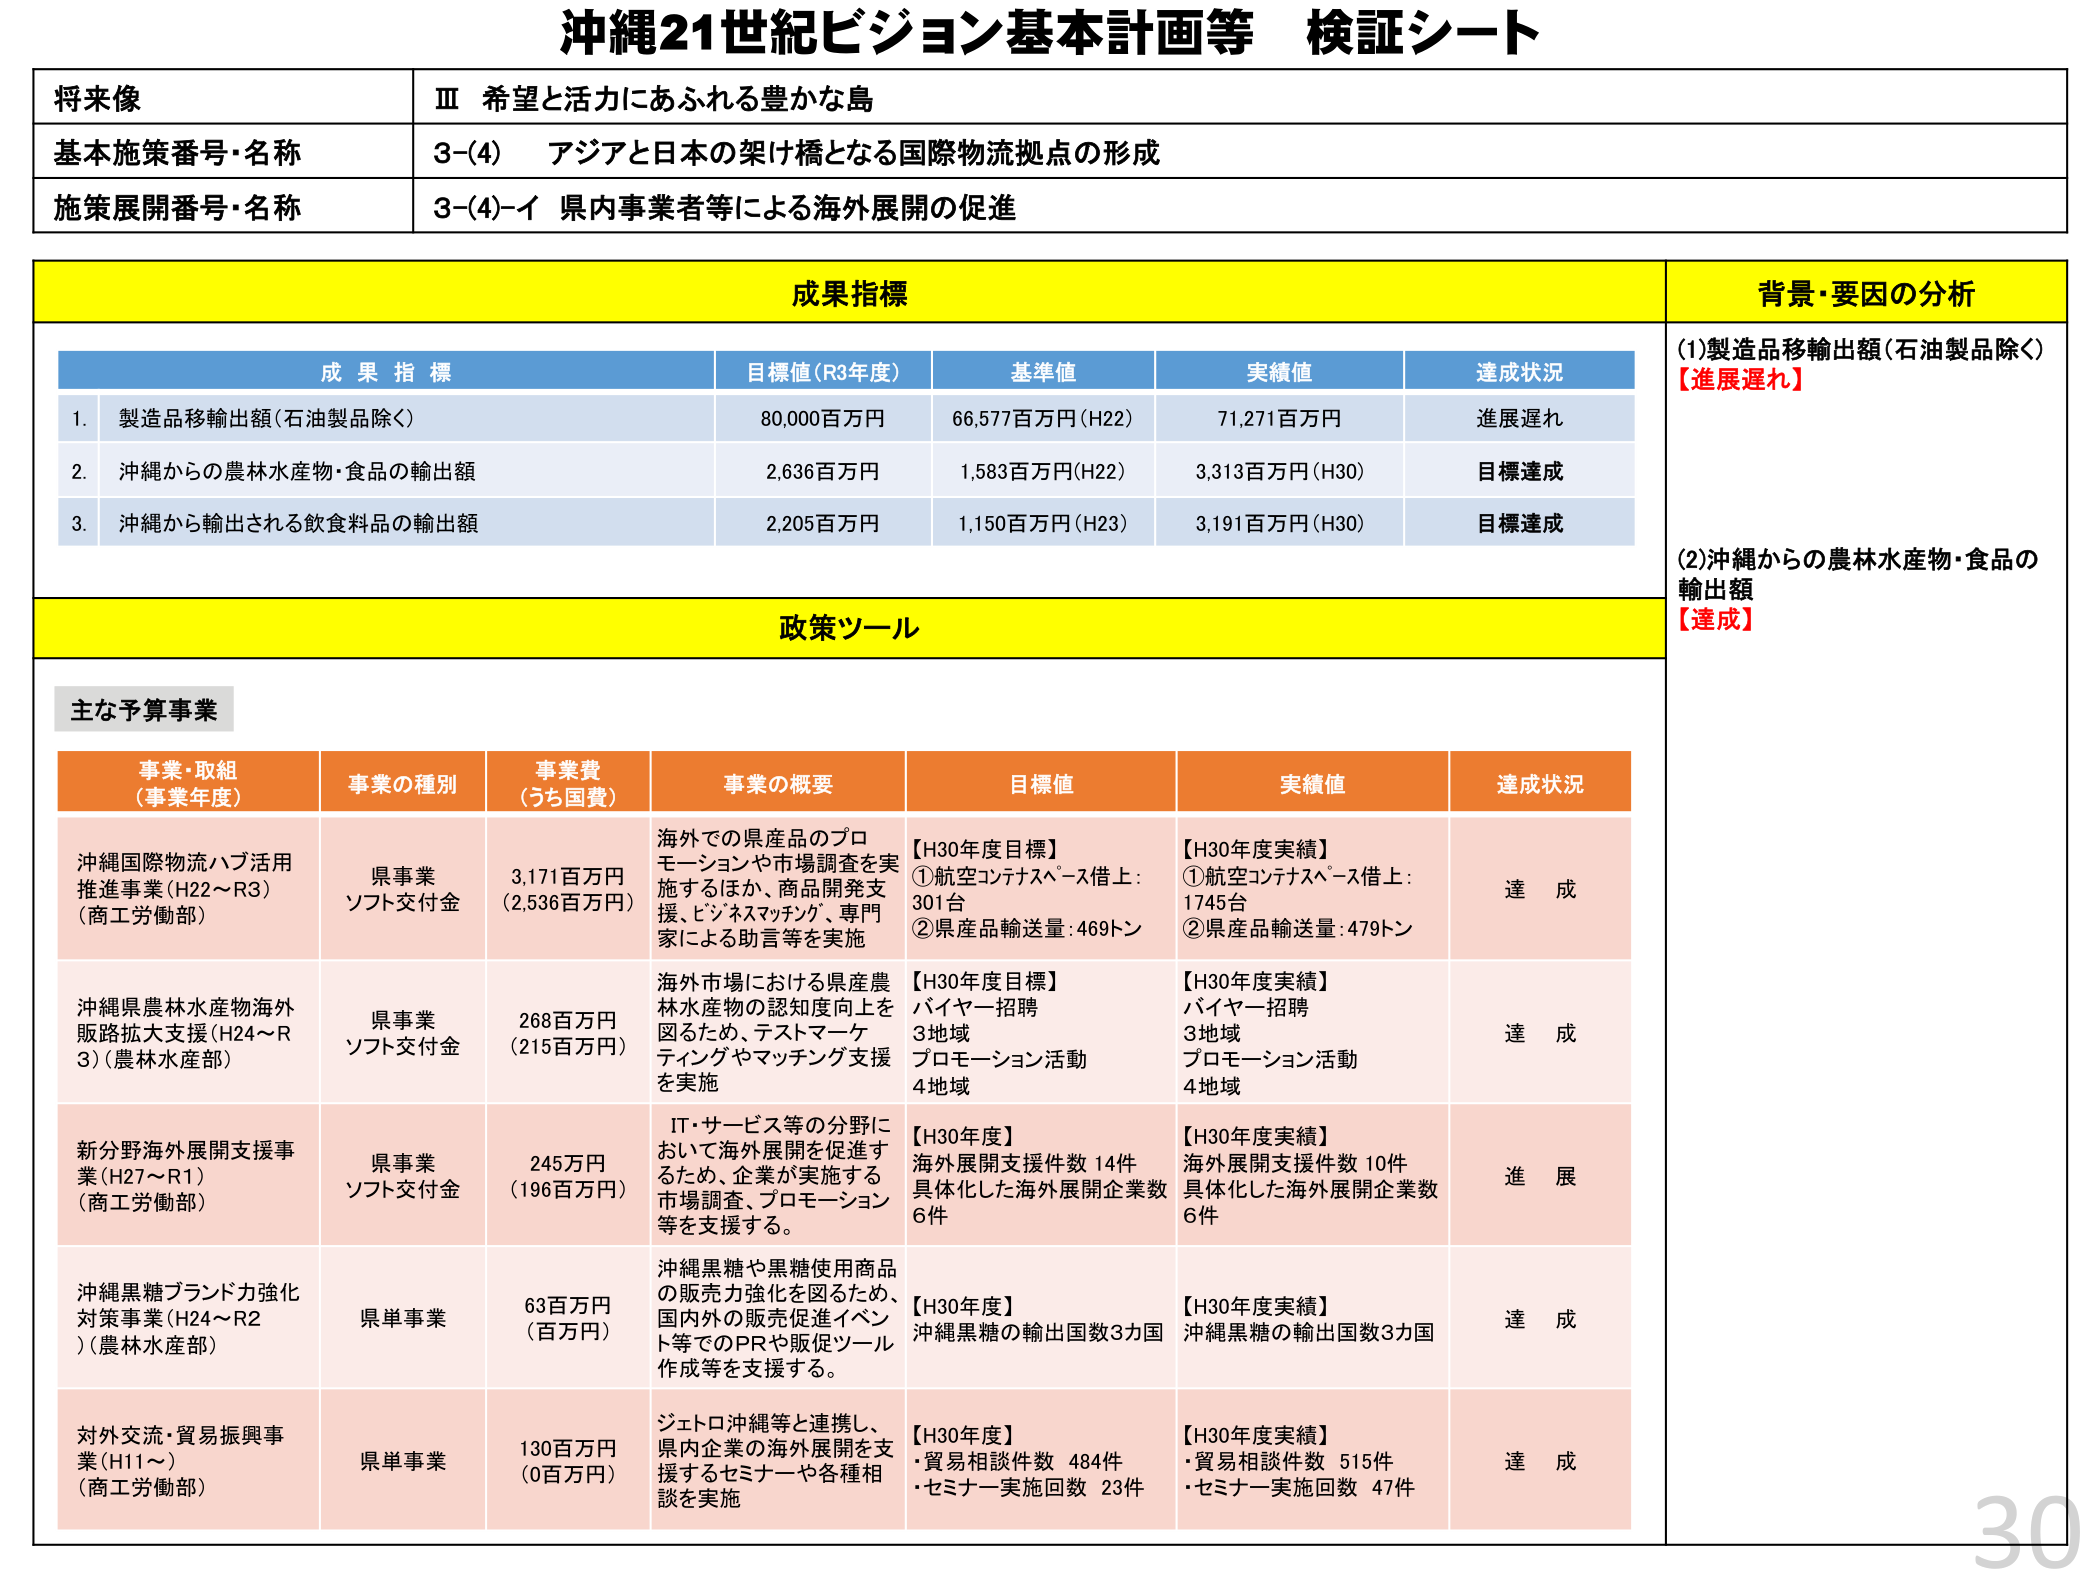
沖縄21世紀ビジョン基本計画等 検証シート

将来像
Ⅲ 希望と活力にあふれる豊かな島

基本施策番号・名称
3-(4) アジアと日本の架け橋となる国際物流拠点の形成

施策展開番号・名称
3-(4)-イ 県内事業者等による海外展開の促進

成果指標
背景・要因の分析

成果指標
目標値（R3年度）
基準値
実績値
達成状況

1. 製造品移輸出額（石油製品除く）
80,000百万円
66,577百万円（H22）
71,271百万円
進展遅れ

2. 沖縄からの農林水産物・食品の輸出額
2,636百万円
1,583百万円（H22）
3,313百万円（H30）
目標達成

3. 沖縄から輸出される飲食料品の輸出額
2,205百万円
1,150百万円（H23）
3,191百万円（H30）
目標達成

(1)製造品移輸出額（石油製品除く）
【進展遅れ】

(2)沖縄からの農林水産物・食品の輸出額
【達成】

政策ツール

主な予算事業

事業・取組（事業年度）
事業の種別
事業費（うち国費）
事業の概要
目標値
実績値
達成状況

沖縄国際物流ハブ活用推進事業（H22～R3）（商工労働部）
県事業 ソフト交付金
3,171百万円（2,536百万円）
海外での県産品のプロモーションや市場調査を実施するほか、商品開発支援、ビジネスマッチング、専門家による助言等を実施
【H30年度目標】
①航空コンテナスペース借上：301台
②県産品輸送量：469トン
【H30年度実績】
①航空コンテナスペース借上：1745台
②県産品輸送量：479トン
達成

沖縄県農林水産物海外販路拡大支援（H24～R3）（農林水産部）
県事業 ソフト交付金
268百万円（215百万円）
海外市場における県産農林水産物の認知度向上を図るため、テストマーケティングやマッチング支援を実施
【H30年度目標】
バイヤー招聘 3地域
プロモーション活動 4地域
【H30年度実績】
バイヤー招聘 3地域
プロモーション活動 4地域
達成

新分野海外展開支援事業（H27～R1）（商工労働部）
県事業 ソフト交付金
245万円（196百万円）
IT・サービス等の分野において海外展開を促進するため、企業が実施する市場調査、プロモーション等を支援する。
【H30年度】
海外展開支援件数 14件
具体化した海外展開企業数 6件
【H30年度実績】
海外展開支援件数 10件
具体化した海外展開企業数 6件
進展

沖縄黒糖ブランド力強化対策事業（H24～R2）（農林水産部）
県単事業
63百万円（百万円）
沖縄黒糖や黒糖使用商品の販売力強化を図るため、国内外の販売促進イベント等でのPRや販促ツール作成等を支援する。
【H30年度】
沖縄黒糖の輸出国数3カ国
【H30年度実績】
沖縄黒糖の輸出国数3カ国
達成

対外交流・貿易振興事業（H11～）（商工労働部）
県単事業
130百万円（0百万円）
ジエトロ沖縄等と連携し、県内企業の海外展開を支援するセミナーや各種相談を実施
【H30年度】
・貿易相談件数 484件
・セミナー実施回数 23件
【H30年度実績】
・貿易相談件数 515件
・セミナー実施回数 47件
達成

30